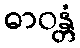
ဓာဝန္တံ